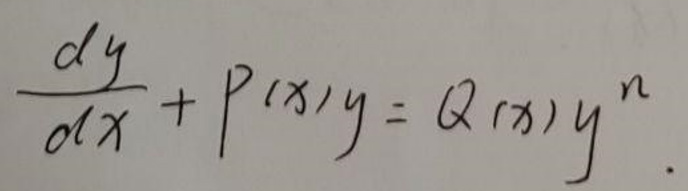
\[
\frac{dy}{dx}+P(x)y = Q(x)y^{n}
\]